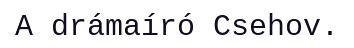
A drámaíró Csehov.